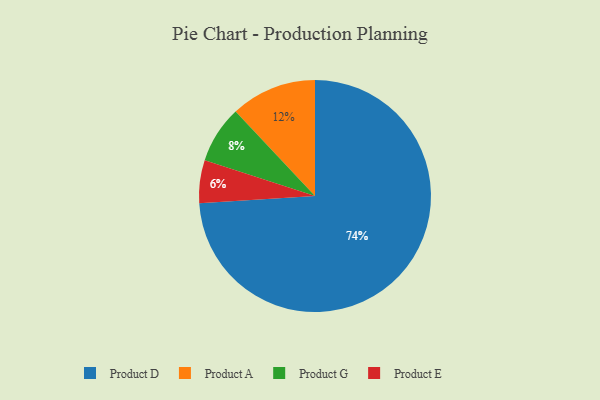
{"axis": {"x": "Category", "y": "Percentage"}, "legend": ["Product A", "Product D", "Product E", "Product G"], "data": [{"x": "Product A", "y": 12, "type": "Product A"}, {"x": "Product D", "y": 74, "type": "Product D"}, {"x": "Product E", "y": 6, "type": "Product E"}, {"x": "Product G", "y": 8, "type": "Product G"}]}